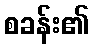
စခန်း၏